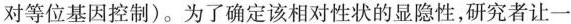
对等位基因控制)。为了确定该相对性状的显隐性，研究者让一